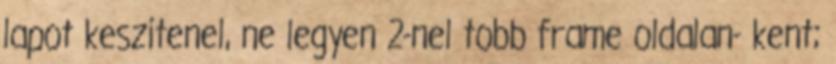
lapot keszitenel, ne legyen 2-nel tobb frame oldalan- kent;